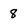
Character: 8